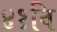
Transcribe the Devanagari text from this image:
४१वि